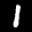
Label: 1